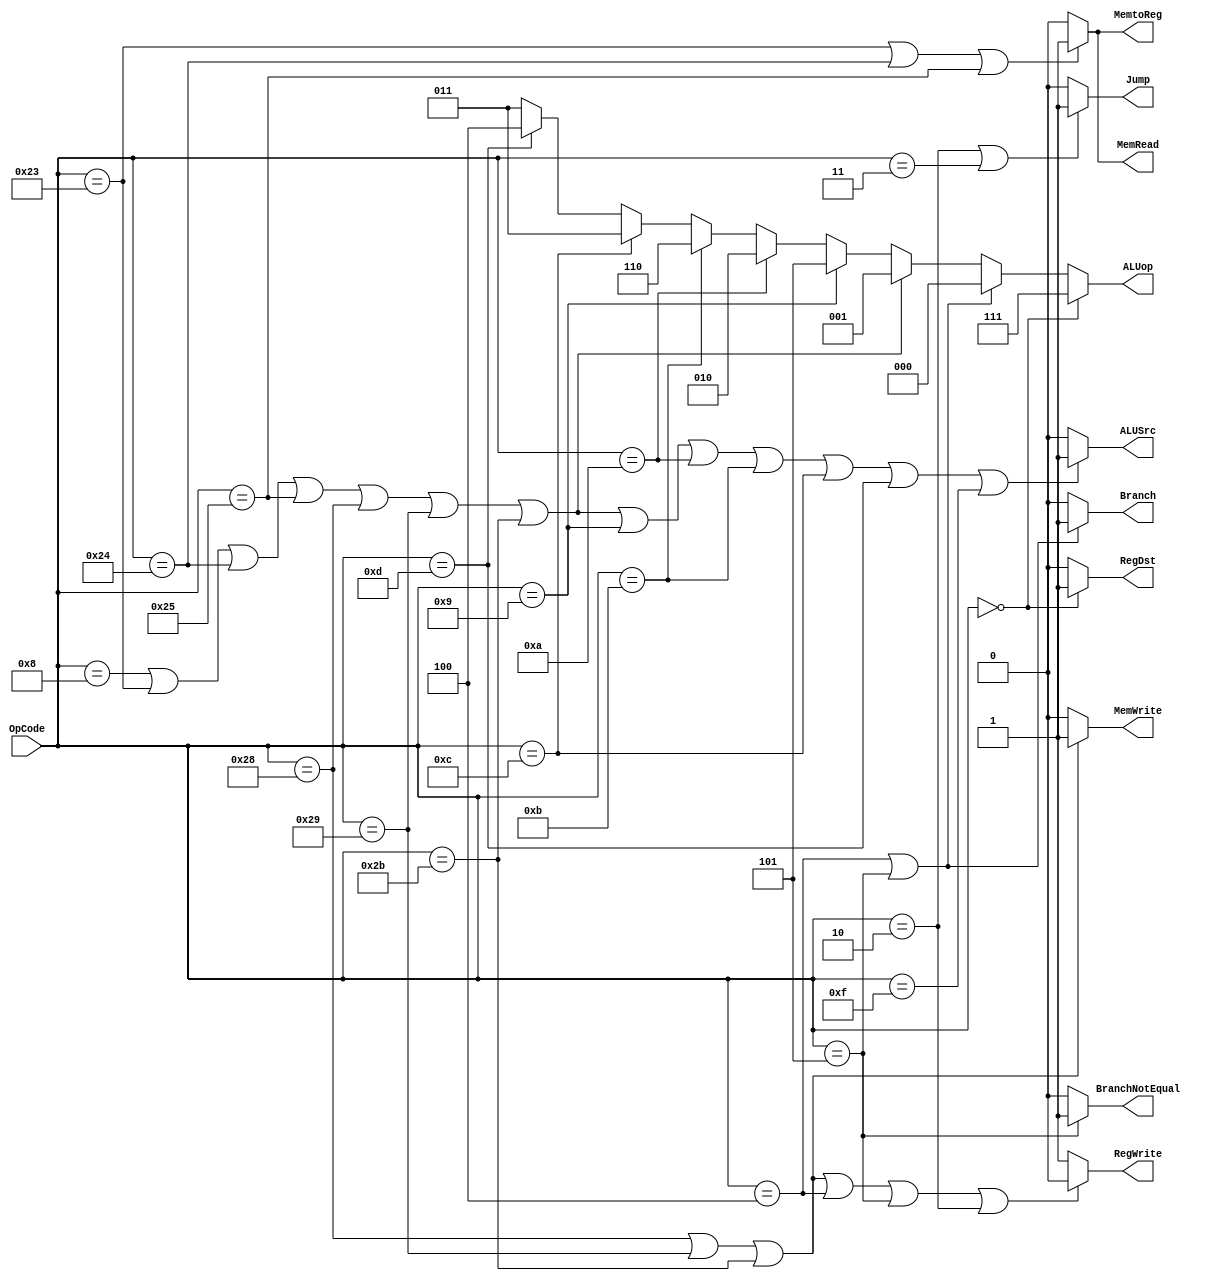
module MainControl(ALUop, RegDst, ALUSrc, MemtoReg, RegWrite, MemRead, MemWrite, Jump, Branch, BranchNotEqual, OpCode);

input [5:0] OpCode;
output [2:0] ALUop;
output RegDst, Jump, Branch, BranchNotEqual, MemRead, MemtoReg, MemWrite, ALUSrc, RegWrite;

assign ALUop = (OpCode == 6'b000000) ? 							 	3'b111 : // R-Type Instruction
					(OpCode == 6'b000100 || OpCode == 6'b000101) ?	3'b000 : // SUB  - beq, bne
					(OpCode == 6'b001000 || OpCode == 6'b100011 ||
					 OpCode == 6'b100100 || OpCode == 6'b100101 ||
					 OpCode == 6'b101000 || OpCode == 6'b101001 ||
													OpCode == 6'b101011) ?	3'b001 : // ADD  - addi, lw, lbu, lhu, sb, sh, sw
					(OpCode == 6'b001001) ?									3'b101 : // ADDU - addiu
					(OpCode == 6'b001010) ?								   3'b010 : // SLT  - slti
					(OpCode == 6'b001011) ?								   3'b110 : // SLTU - sltiu
					(OpCode == 6'b001100) ?								   3'b011 : // AND  - andi
					(OpCode == 6'b001101) ?								   3'b100 : // OR   - ori
																					3'b011 ; // DEFAULT ALUop is AND

// 1 when the instruction is R-type
assign RegDst = (OpCode == 6'b000000) ? 1'b1 : 1'b0;

// 1 when the instruction is one of: addi, lw, lbu, lhu, sb, sh, sw, addiu, slti, sltiu, andi, ori, lui
assign ALUSrc = (OpCode == 6'b001000 || OpCode == 6'b100011 ||
					  OpCode == 6'b100100 || OpCode == 6'b100101 ||
					  OpCode == 6'b101000 || OpCode == 6'b101001 ||
					  OpCode == 6'b101011 || OpCode == 6'b001001 ||
					  OpCode == 6'b001010 || OpCode == 6'b001011 ||
					  OpCode == 6'b001100 || OpCode == 6'b001101 ||
					  OpCode == 6'b001111) ? 1'b1 : 1'b0; 

// 1 when the instruction is one of: lw, lbu, lhu
assign MemtoReg = (OpCode == 6'b100011 || OpCode == 6'b100100 || OpCode == 6'b100101) ? 1'b1 : 1'b0;

// 0 when the instruction is one of: sb, sh, sw, beq, bne, j
assign RegWrite = (OpCode == 6'b101000 || OpCode == 6'b101001 || OpCode == 6'b101011 ||
						 OpCode == 6'b000100 || OpCode == 6'b000101 || OpCode == 6'b000010) ? 1'b0 : 1'b1;

//	1 when the instruction is one of: lw, lbu, lhu
assign MemRead = (OpCode == 6'b100011 || OpCode == 6'b100100 || OpCode == 6'b100101) ? 1'b1 : 1'b0;

// 1 when the instruction is one of: sb, sh, sw
assign MemWrite = (OpCode == 6'b101000 || OpCode == 6'b101001 || OpCode == 6'b101011) ? 1'b1 : 1'b0;

// 1 when the instruction is one of: j, jal
assign Jump = (OpCode == 6'b000010 || OpCode == 6'b000011) ? 1'b1 : 1'b0;

// 1 when the instruction is one of: beq, bne	
assign Branch = (OpCode == 6'b000100 || OpCode == 6'b000101) ? 1'b1 : 1'b0;				 

// 1 when the instruction is bneq
assign BranchNotEqual = (OpCode == 6'b000101) ? 1'b1 : 1'b0;

endmodule